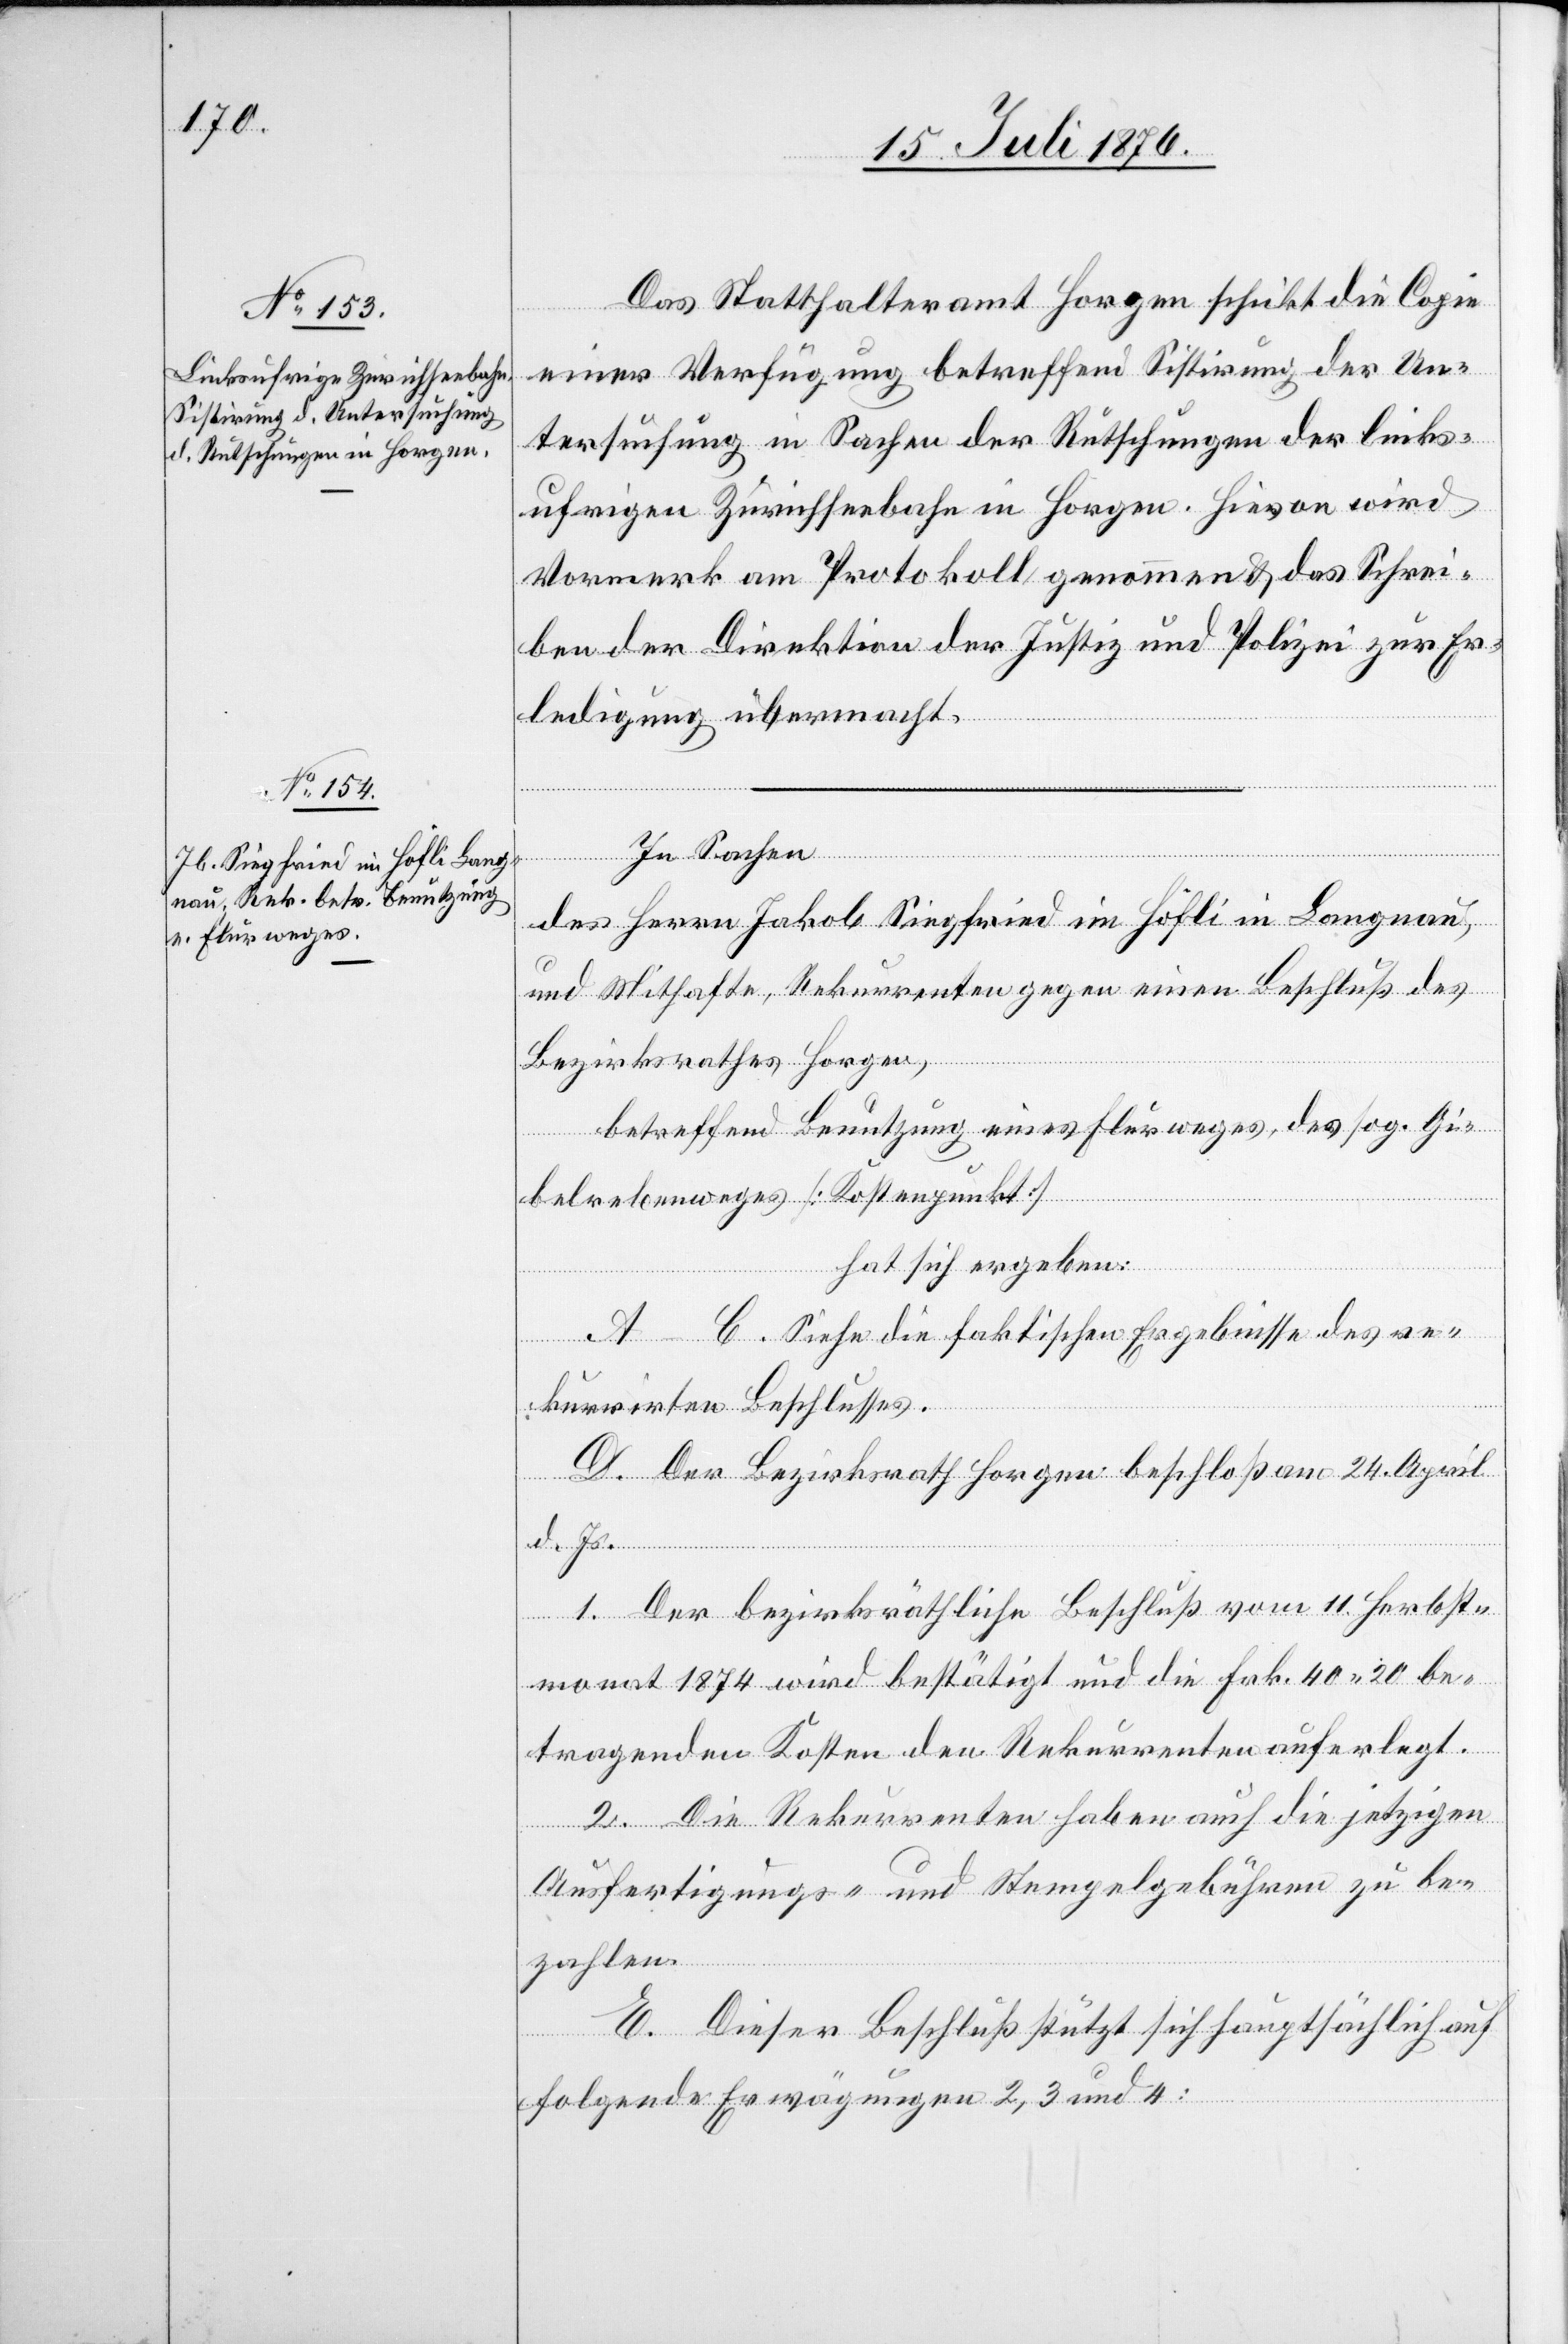
Das Statthalteramt Horgen schickt die Copie
einer Verfügung betreffend Sistirung der Un¬
tersuchung in Sachen der Rutschungen der links¬
ufrigen Zürichseebahn in Horgen. Hievon wird
Vormerk am Protokoll genommen & das Schrei¬
ben der Direktion der Justiz und Polizei zur Er¬
ledigung übermacht.
In Sachen
des Herrn Jakob Siegfried im Höfli in Langnau,
und Mithafte, Rekurrenten gegen einen Beschluß des
Bezirksrathes Horgen,
betreffend Benutzung eines Flurweges, des sog. Gi¬
belrebenweges [Kostenpunkt]
hat sich ergeben:
A–C. Siehe die faktischen Ergebnisse des re¬
kurrirten Beschlusses.
D. Der Bezirksrath Horgen beschloß am 24. April
d. Js.
1. Der bezirksräthliche Beschluß vom 11. Herbst¬
monat 1874 wird bestätigt und die Frk. 40 20 be¬
tragenden Kosten den Rekurrenten auferlegt.
2. Die Rekurrenten haben auch die jetzigen
Ausfertigungs- und Stempelgebühren zu be¬
zahlen.
E. Dieser Beschluß stützt sich hauptsächlich auf
folgende Erwägungen 2, 3 und 4: